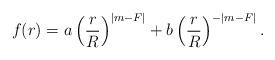
LaTeX: \begin{align*}f(r)=a\left(\frac{r}{R}\right)^{|m-F|}+b\left(\frac{r}{R}\right)^{-|m-F|}.\end{align*}